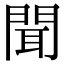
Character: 聞